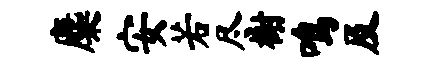
麋安若尽榭鸣及